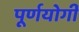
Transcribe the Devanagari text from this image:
पूर्णयोगी